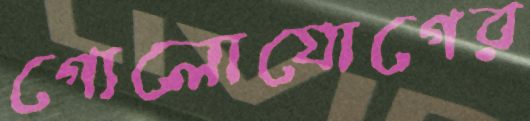
গোলোযোগের